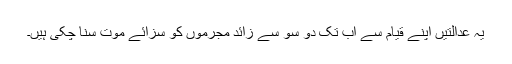
یہ عدالتیں اپنے قیام سے اب تک دو سو سے زائد مجرموں کو سزائے موت سنا چکی ہیں۔